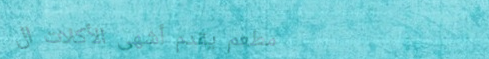
مطعم يقدم أشهى الأكلات ال